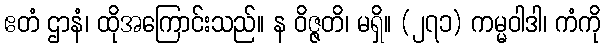
ဧတံ ဌာနံ၊ ထိုအကြောင်းသည်။ န ဝိဇ္ဇတိ၊ မရှိ။ (၂၇၁) ကမ္မဝါဒါ၊ ကံကို